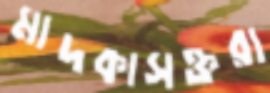
মাদকাসক্তরা